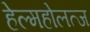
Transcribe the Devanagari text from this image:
हेल्महोलत्ज